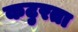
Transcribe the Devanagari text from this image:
कटुरता